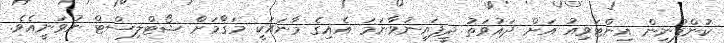
ކުންފުނިން އިންޓަވިއު އަށް ދައުވަތު ދީފައިނުވާނަމަ އެއިގެ މާނައަކީ މަޤާމަށް ޝޯޓްލިސްޓް ނުވަނީއެވެ.